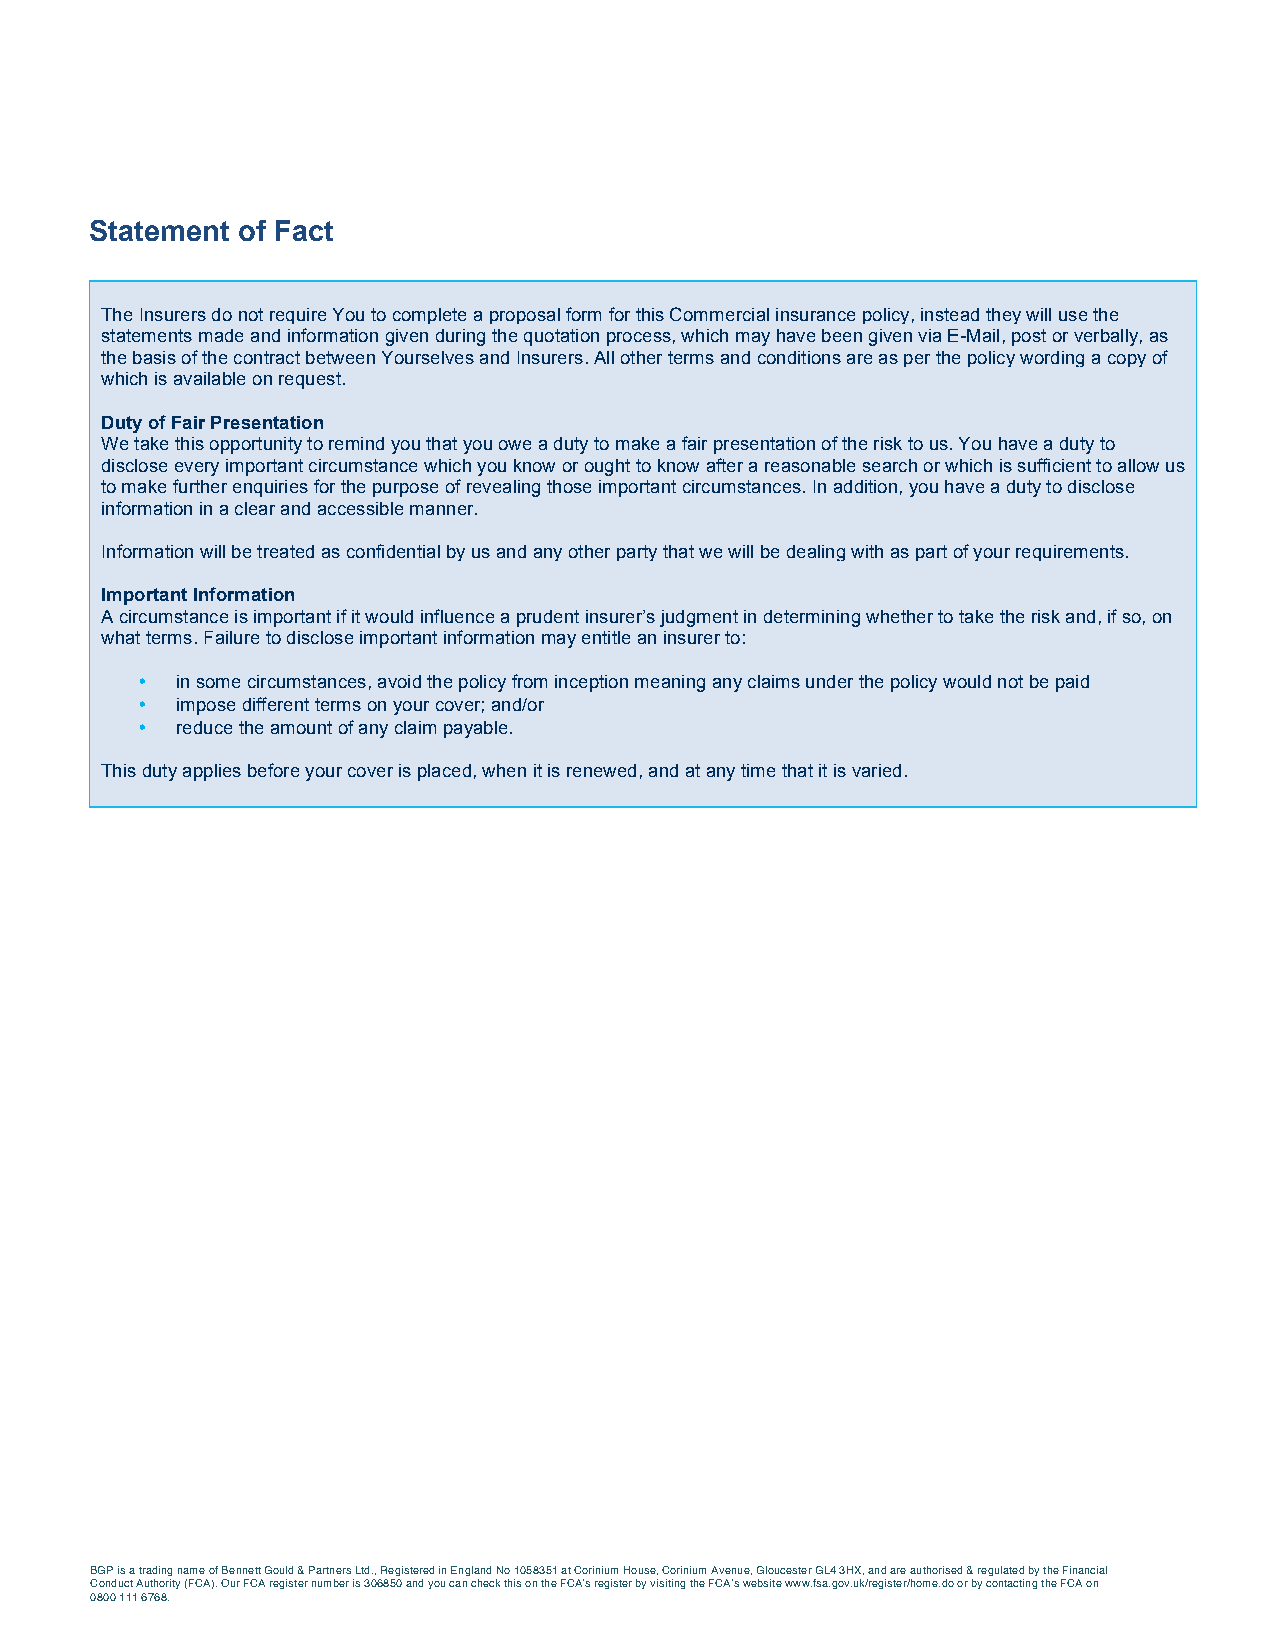
Statement of Fact
 The Insurers do not require You to complete a proposal form for this Commercial insurance policy, instead they will use the
 statements made and information given during the quotation process, which may have been given via E-Mail, post or verbally, as
 the basis of the contract between Yourselves and Insurers. All other terms and conditions are as per the policy wording a copy of
 which is available on request.
 Duty of Fair Presentation
 We take this opportunity to remind you that you owe a duty to make a fair presentation of the risk to us. You have a duty to
 disclose every important circumstance which you know or ought to know after a reasonable search or which is sufficient to allow us
 to make further enquiries for the purpose of revealing those important circumstances. In addition, you have a duty to disclose
 information in a clear and accessible manner.
 Information will be treated as confidential by us and any other party that we will be dealing with as part of your requirements.
 Important Information
 A circumstance is important if it would influence a prudent insurer’s judgment in determining whether to take the risk and, if so, on
 what terms. Failure to disclose important information may entitle an insurer to:
 •  in some circumstances, avoid the policy from inception meaning any claims under the policy would not be paid
 •  impose different terms on your cover; and/or
 •  reduce the amount of any claim payable.
 This duty applies before your cover is placed, when it is renewed, and at any time that it is varied.
 BGP is a trading name of Bennett Gould & Partners Ltd., Registered in England No 1058351 at Corinium House, Corinium Avenue, Gloucester GL4 3HX, and are authorised & regulated by the Financial
 Conduct Authority (FCA). Our FCA register number is 306850 and you can check this on the FCA’s register by visiting the FCA’s website www.fsa.gov.uk/register/home.do or by contacting the FCA on
 0800 111 6768.